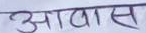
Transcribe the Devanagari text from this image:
आवास